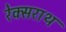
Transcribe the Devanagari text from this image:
रेक्सराथ